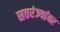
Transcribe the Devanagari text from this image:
सतरंज्यांवर